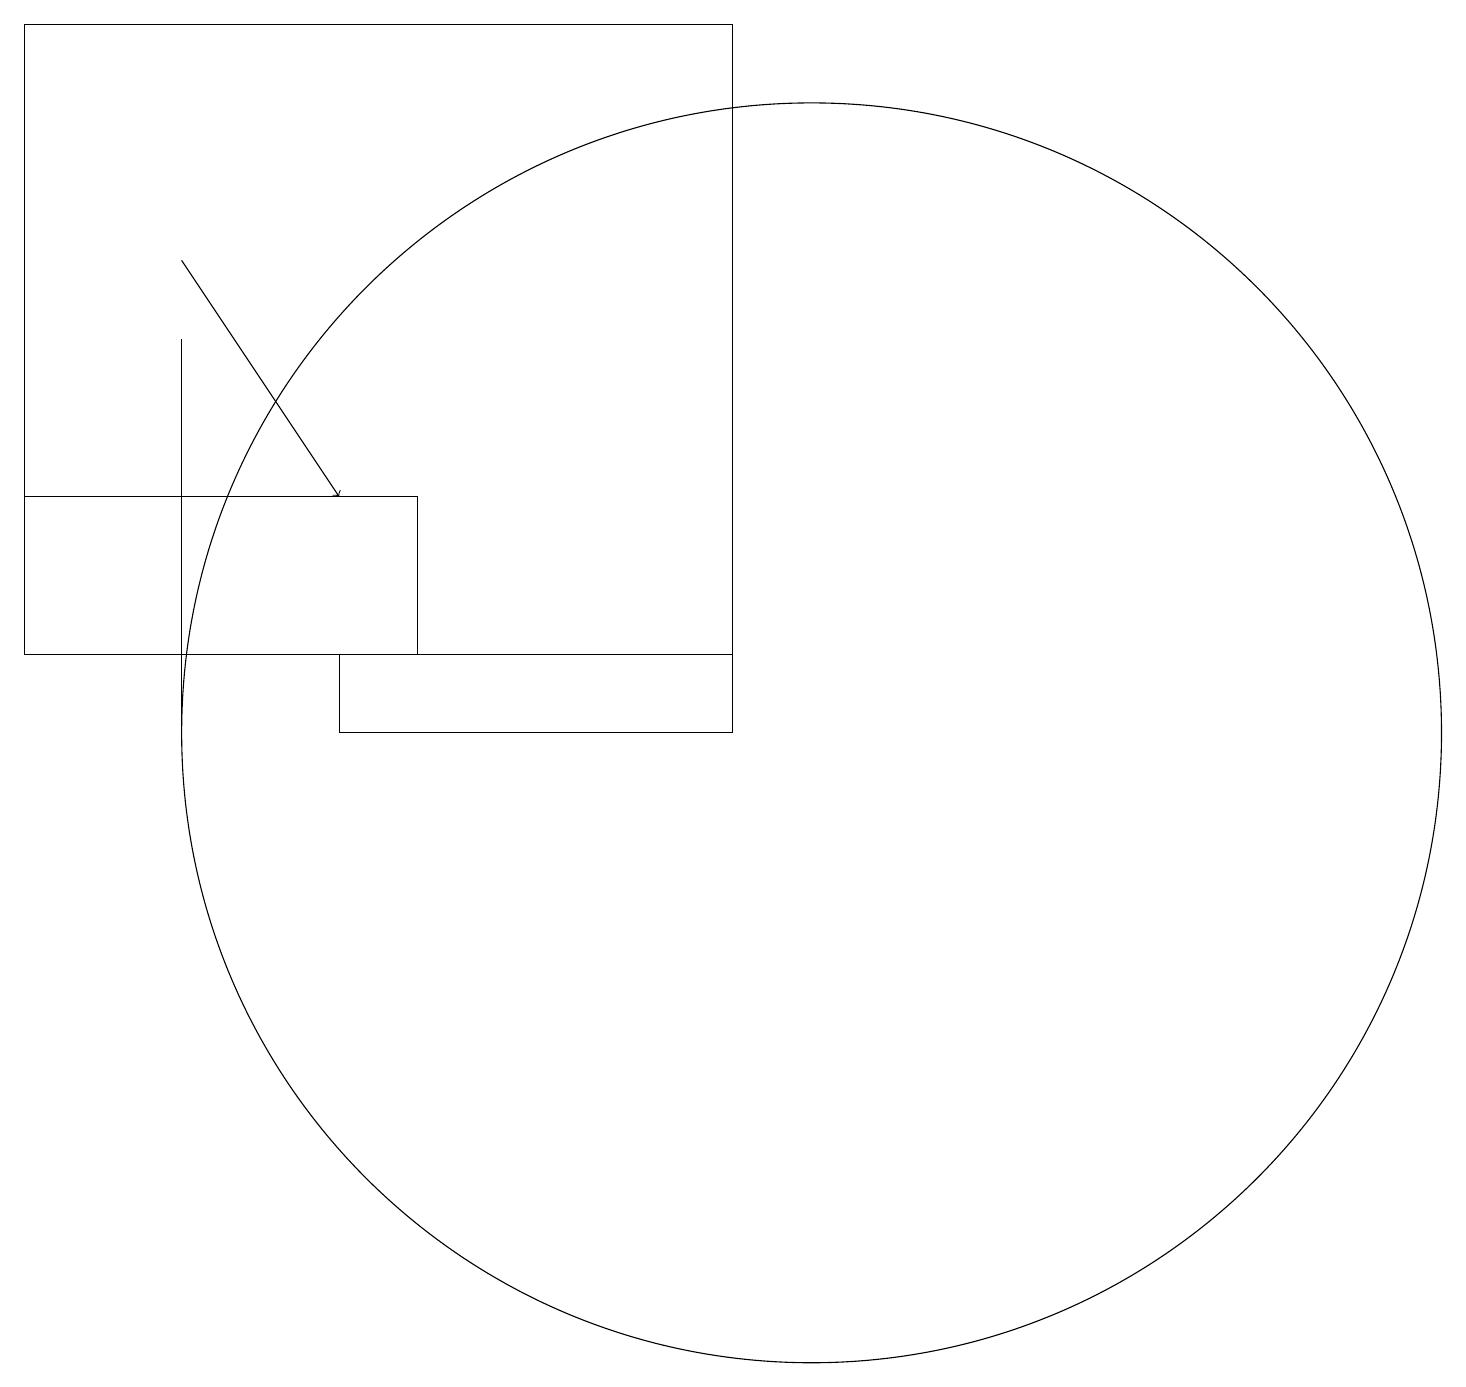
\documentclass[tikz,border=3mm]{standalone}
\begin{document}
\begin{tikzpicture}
\draw (9,10) rectangle (4,11);
\draw (5,11) rectangle (0,13);
\draw (10,10) circle (8);
\draw (2,10) rectangle (2,15);
\draw[->] (2,16) -- (4,13);
\draw (9,11) rectangle (0,19);
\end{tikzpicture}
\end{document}